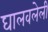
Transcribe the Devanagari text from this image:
घालवलेली